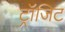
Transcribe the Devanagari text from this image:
ट्रॉजिट